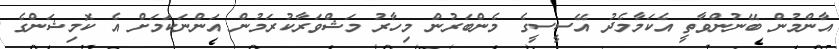
އާންމުން ބޭނުންވާތީ އެކަމާމެދު އޭސީސީގެ މެންބަރުން މިހާރު މަޝްވަރާކުރަމުން އަންނަކަމަށް އެ ކޮމިޝަންގެ